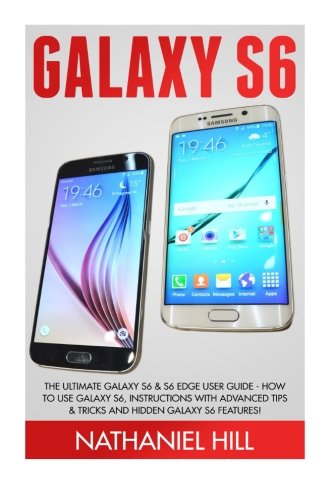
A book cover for Galaxy S6: The Ultimate Galaxy S6 & S6 Edge User Guide - How To Use Galaxy S6, Instructions With Advanced Tips & Tricks And Hidden Galaxy S6 Features! (S6 Edge, Android, Smartphone); Nathaniel Hill; Computers & Technology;